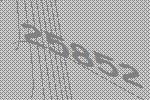
25852